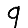
Digit: 9